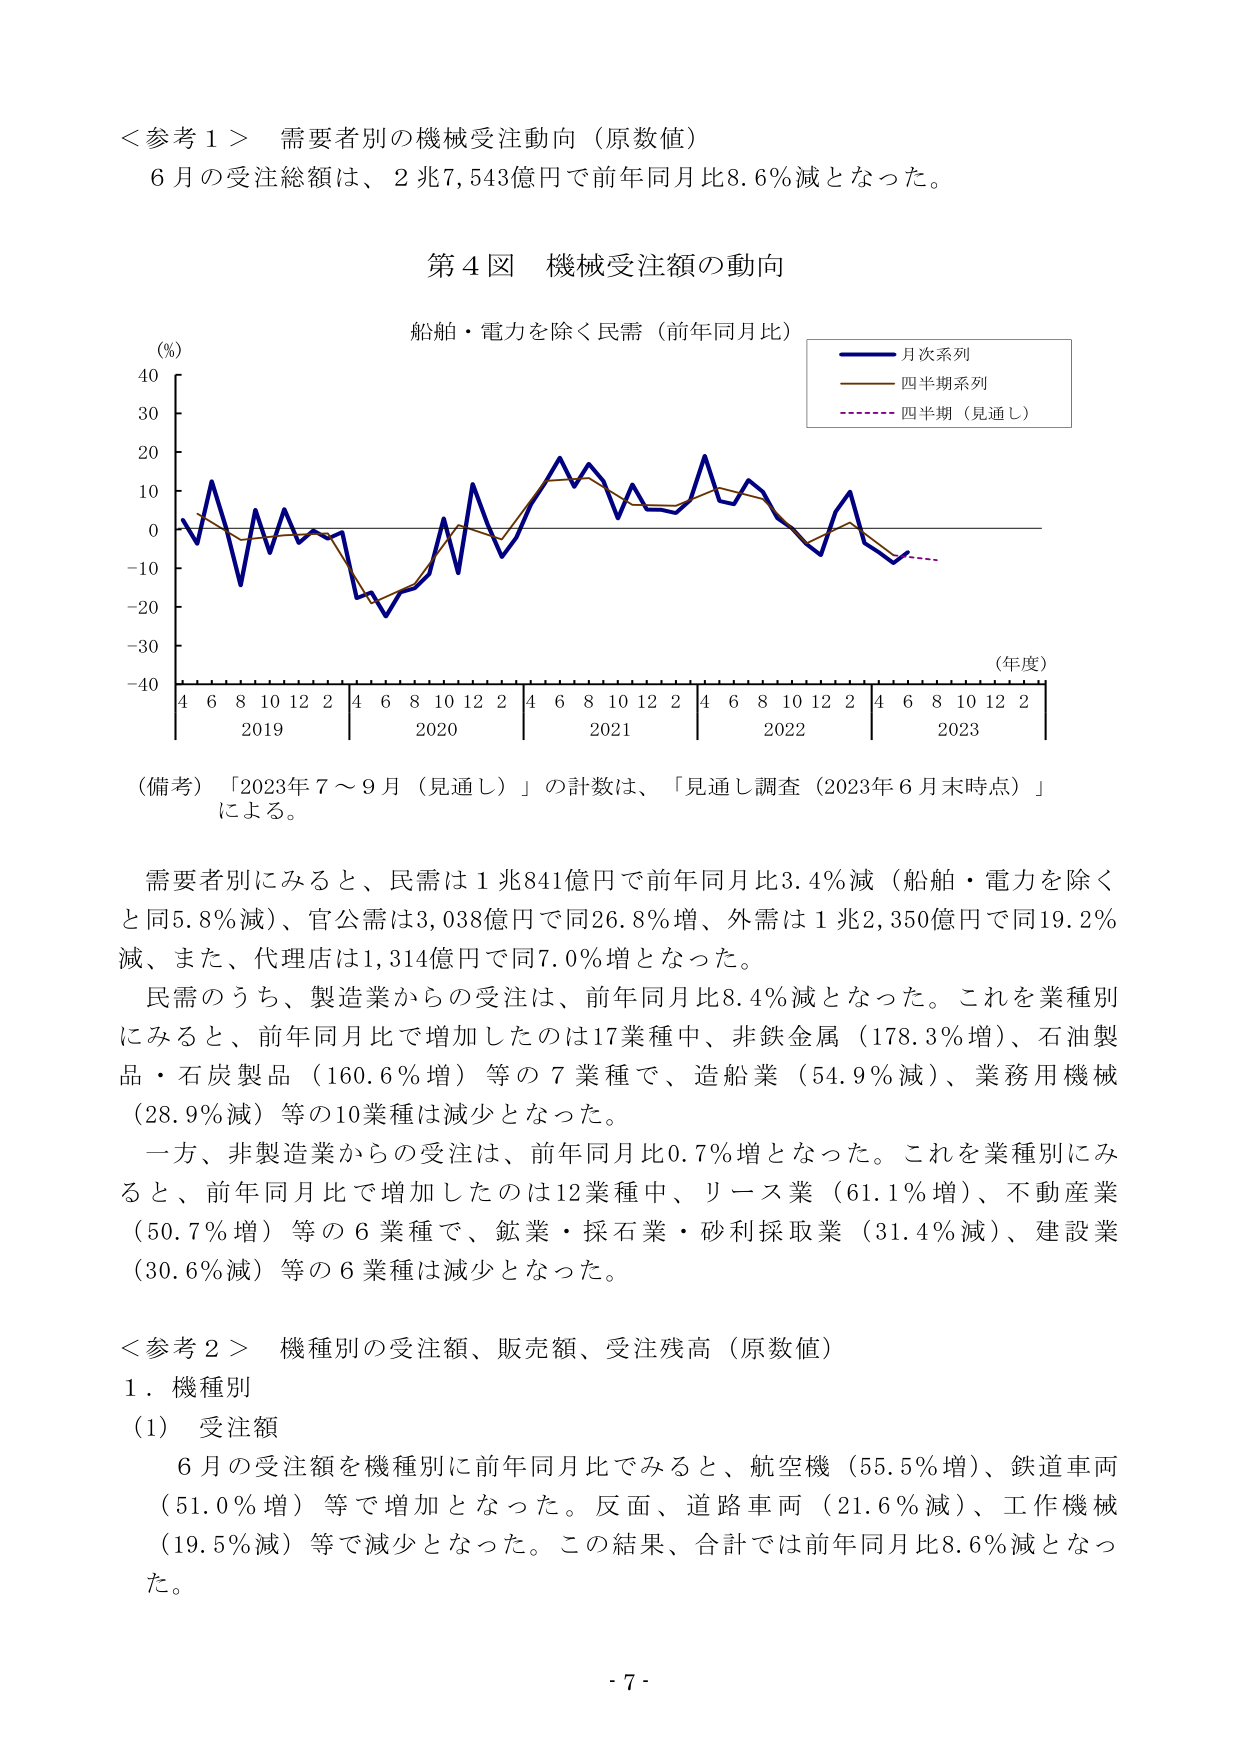
＜参考１＞ 需要者別の機械受注動向（原数値）
６月の受注総額は、２兆7,543億円で前年同月比8.6％減となった。

第４図 機械受注額の動向
船舶・電力を除く民需（前年同月比）
（％）
40
30
20
10
0
-10
-20
-30
-40
（年度）
4 6 8 10 12 2 4 6 8 10 12 2 4 6 8 10 12 2 4 6 8 10 12 2 4 6 8 10 12 2
2019 2020 2021 2022 2023
月次系列
四半期系列
四半期（見通し）

（備考）「2023年７～９月（見通し）」の計数は、「見通し調査（2023年６月末時点）」による。

需要者別にみると、民需は１兆841億円で前年同月比3.4％減（船舶・電力を除くと同5.8％減）、官公需は3,038億円で同26.8％増、外需は１兆2,350億円で同19.2％減、また、代理店は1,314億円で同7.0％増となった。
民需のうち、製造業からの受注は、前年同月比8.4％減となった。これを業種別にみると、前年同月比で増加したのは17業種中、非鉄金属（178.3％増）、石油製品・石炭製品（160.6％増）等の７業種で、造船業（54.9％減）、業務用機械（28.9％減）等の10業種は減少となった。
一方、非製造業からの受注は、前年同月比0.7％増となった。これを業種別にみると、前年同月比で増加したのは12業種中、リース業（61.1％増）、不動産業（50.7％増）等の６業種で、鉱業・採石業・砂利採取業（31.4％減）、建設業（30.6％減）等の６業種は減少となった。

＜参考２＞ 機種別の受注額、販売額、受注残高（原数値）
１．機種別
（1） 受注額
６月の受注額を機種別に前年同月比でみると、航空機（55.5％増）、鉄道車両（51.0％増）等で増加となった。反面、道路車両（21.6％減）、工作機械（19.5％減）等で減少となった。この結果、合計では前年同月比8.6％減となった。

- 7 -